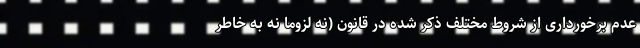
عدم برخورداری از شروط مختلف ذکر شده در قانون (نه لزوما نه به خاطر